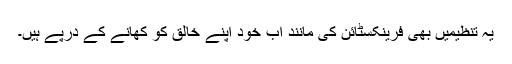
یہ تنظیمیں بھی فرینکسٹائن کی مانند اب خود اپنے خالق کو کھانے کے درپے ہیں۔